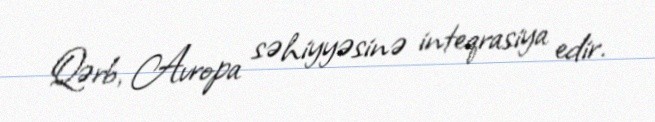
Qərb, Avropa səhiyyəsinə inteqrasiya edir.